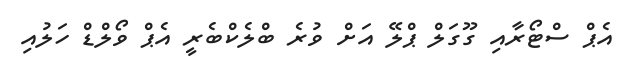
އެޕް ސްޓޯރާއި ގޫގަލް ޕްލޭ އަށް ވުރެ ބްލެކްބެރީ އެޕް ވޯލްޑް ހަލުއި